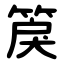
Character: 䈆